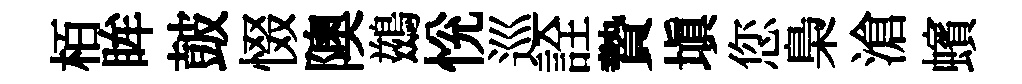
栢眸皷惙隩鷀恱巡詮贄塡您梟滄蠙